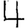
Digit: 4